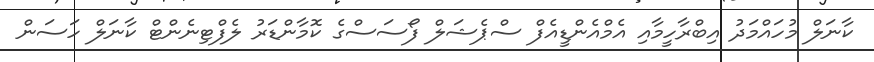
ކާނަލް މުހައްމަދު އިބްރާހީމާއި އެމްއެންޑީއެފް ސްޕެޝަލް ފޯސަސްގެ ކޮމާންޑަރު ލެފްޓިނެންޓް ކާނަލް ހަސަން